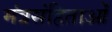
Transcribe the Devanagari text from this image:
मंत्रसंहिताओं